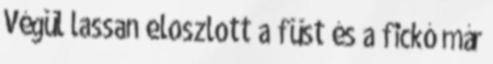
Végül lassan eloszlott a füst és a fickó már